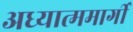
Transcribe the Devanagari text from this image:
अध्यात्ममार्गी